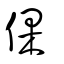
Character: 倮